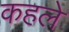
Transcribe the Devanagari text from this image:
कहले